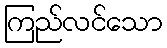
ကြည်လင်သော